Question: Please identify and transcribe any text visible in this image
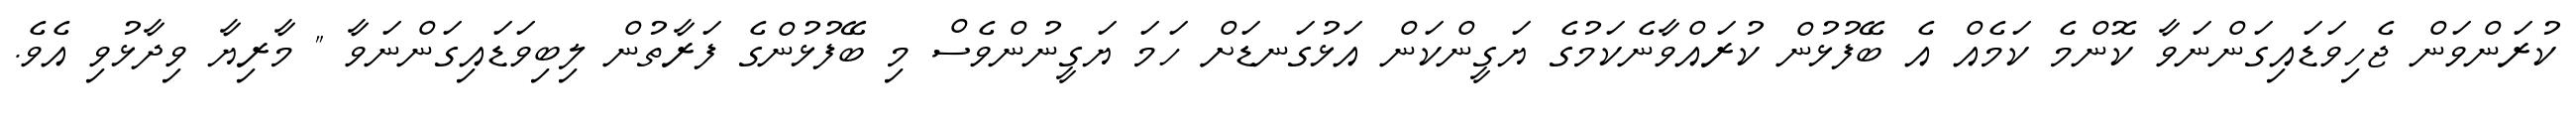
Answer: ކުރަންވަން ޖެހިވަޑައިގަންނަވާ ކޮންމެ ކަމެއް އެ ބޭފުޅުން ކުރައްވާނެކަމުގެ ޔަގީންކަން އަޅުގަނޑަށް ހަމަ ޔަގީނުންވެސް މި ބޭފުޅުންގެ ފަރާތުން ލިބިވަޑައިގަންނަވާ " މާރިޔާ ވިދާޅުވި އެވެ.